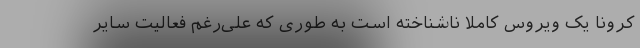
کرونا یک ویروس کاملا ناشناخته است به طوری که علی‌رغم فعالیت سایر